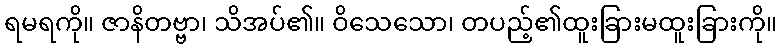
ရမရကို။ ဇာနိတဗ္ဗာ၊ သိအပ်၏။ ဝိသေသော၊ တပည့်၏ထူးခြားမထူးခြားကို။